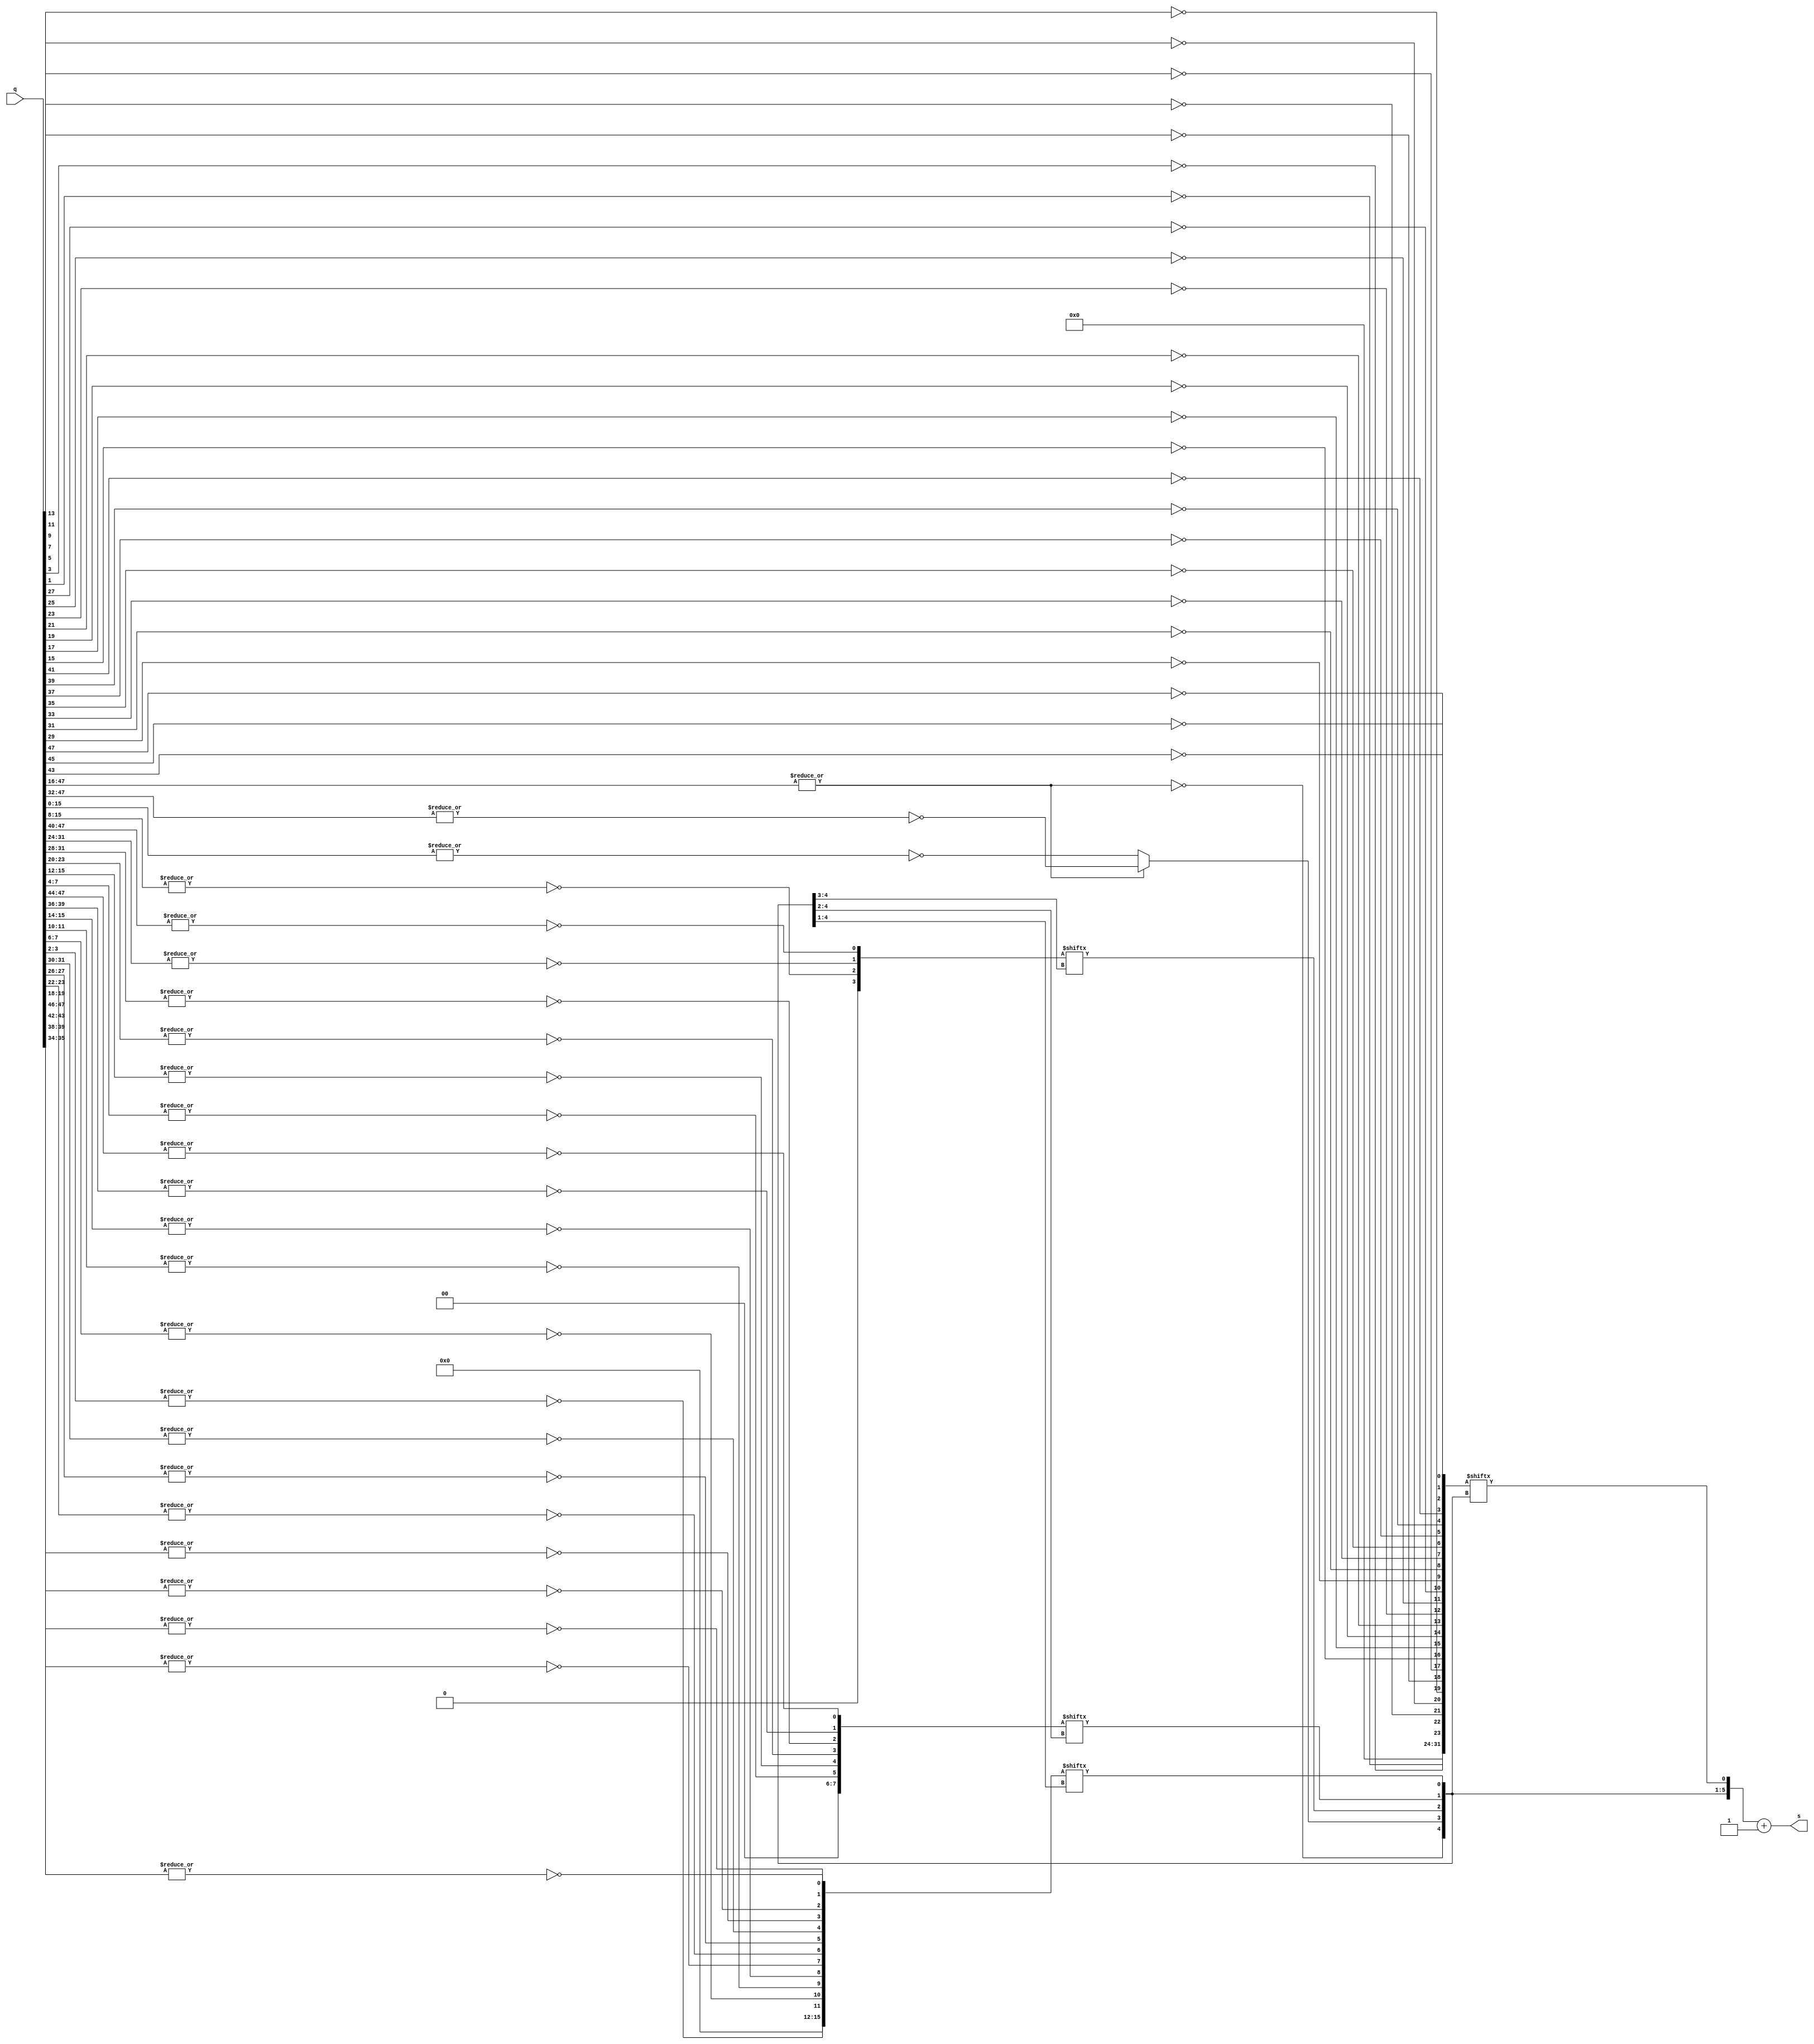
`ifndef __LEADING_ZERO_DETECTOR
`define __LEADING_ZERO_DETECTOR

module LZDetector48(
    output      [5:0]   s,
    input       [47:0]  q 
);
    wire        result32, result16_0, result16_1;
    wire        m_result04, m_result08, m_result16, m_result32;
    wire [3:0]  r04;
    wire [7:0]  r08;
    wire [15:0] r16;
    wire [31:0] r32;
    wire [5:0]  s_temp;

    assign result32     = ~(|q[47:16]);
    assign result16_0   = ~(|q[47:32]);
    assign result16_1   = ~(|q[15:0]);
    
    assign r04 = {
        1'b0, 
        ~(|q[15:8]), ~(|q[31:24]), ~(|q[47:40])
    };
    assign r08 = {
        2'b0,
        ~(|q[7:4]), ~(|q[15:12]), ~(|q[23:20]), ~(|q[31:28]), 
        ~(|q[39:36]), ~(|q[47:44])
    };
    assign r16 = {
        4'b0, 
        ~(|q[3:2]), ~(|q[7:6]), ~(|q[11:10]), ~(|q[15:14]), 
        ~(|q[19:18]), ~(|q[23:22]), ~(|q[27:26]), ~(|q[31:30]), 
        ~(|q[35:34]), ~(|q[39:38]), ~(|q[43:42]), ~(|q[47:46])
    };
    assign r32 = {
        8'b0, 
        ~q[1], ~q[3], ~q[5], ~q[7], ~q[9], ~q[11], ~q[13], 
        ~q[15], ~q[17], ~q[19], ~q[21], ~q[23], ~q[25], ~q[27], 
        ~q[29], ~q[31], ~q[33], ~q[35], ~q[37], ~q[39], ~q[41], 
        ~q[43], ~q[45], ~q[47]
    };

    assign m_result04 = r04[s_temp[5:4]];
    assign m_result08 = r08[s_temp[5:3]];
    assign m_result16 = r16[s_temp[5:2]];
    assign m_result32 = r32[s_temp[5:1]];

    assign s_temp = {
        result32,
        (s_temp[5]) ? result16_1 : result16_0,
        m_result04,
        m_result08,
        m_result16,
        m_result32
    };

    assign s = s_temp + 6'b1;

endmodule

`endif